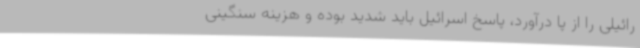
رائیلی را از پا درآورد، پاسخ اسرائیل باید شدید بوده و هزینه سنگینی